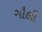
ગૌલી